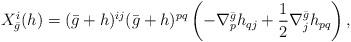
LaTeX: \begin{align*}X^{i}_{\bar{g}} (h) = (\bar{g} + h)^{ij} (\bar{g} + h)^{pq} \left( - \nabla^{\bar{g}}_{p} h_{qj} + \frac{1}{2} \nabla^{\bar{g}}_{j} h_{pq} \right),\end{align*}